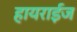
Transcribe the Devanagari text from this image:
हायराईज